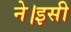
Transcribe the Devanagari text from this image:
ने।इसी